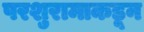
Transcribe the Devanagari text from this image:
परशुरामाकडून